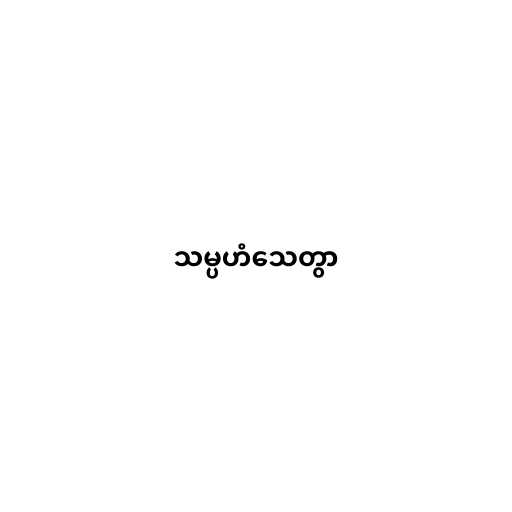
သမ္ပဟံသေတွာ